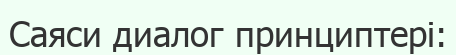
Саяси диалог принциптері: